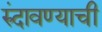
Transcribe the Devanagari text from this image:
रुंदावण्याची